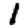
Digit: 1